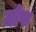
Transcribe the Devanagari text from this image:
ज़ॉफ